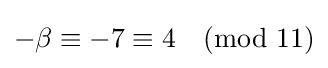
{\textstyle -\beta \equiv -7\equiv 4{\pmod {11}}}